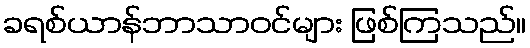
ခရစ်ယာန်ဘာသာဝင်များ ဖြစ်ကြသည်။